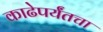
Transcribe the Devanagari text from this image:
काढेपर्यंतचा